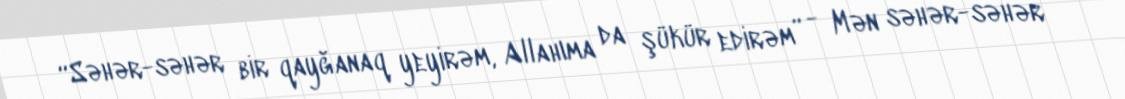
“Səhər-səhər bir qayğanaq yeyirəm, Allahıma da şükür edirəm” - Mən səhər-səhər